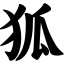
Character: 狐